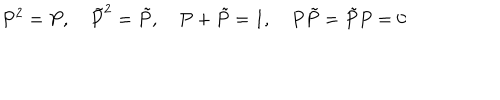
P ^ { 2 } = P , \tilde { P } ^ { 2 } = \tilde { P } , P + \tilde { P } = 1 , P \tilde { P } = \tilde { P } P = 0